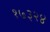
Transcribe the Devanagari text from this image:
१७३२४